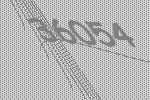
36054